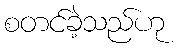
စတင်ခဲ့သည်ဟု